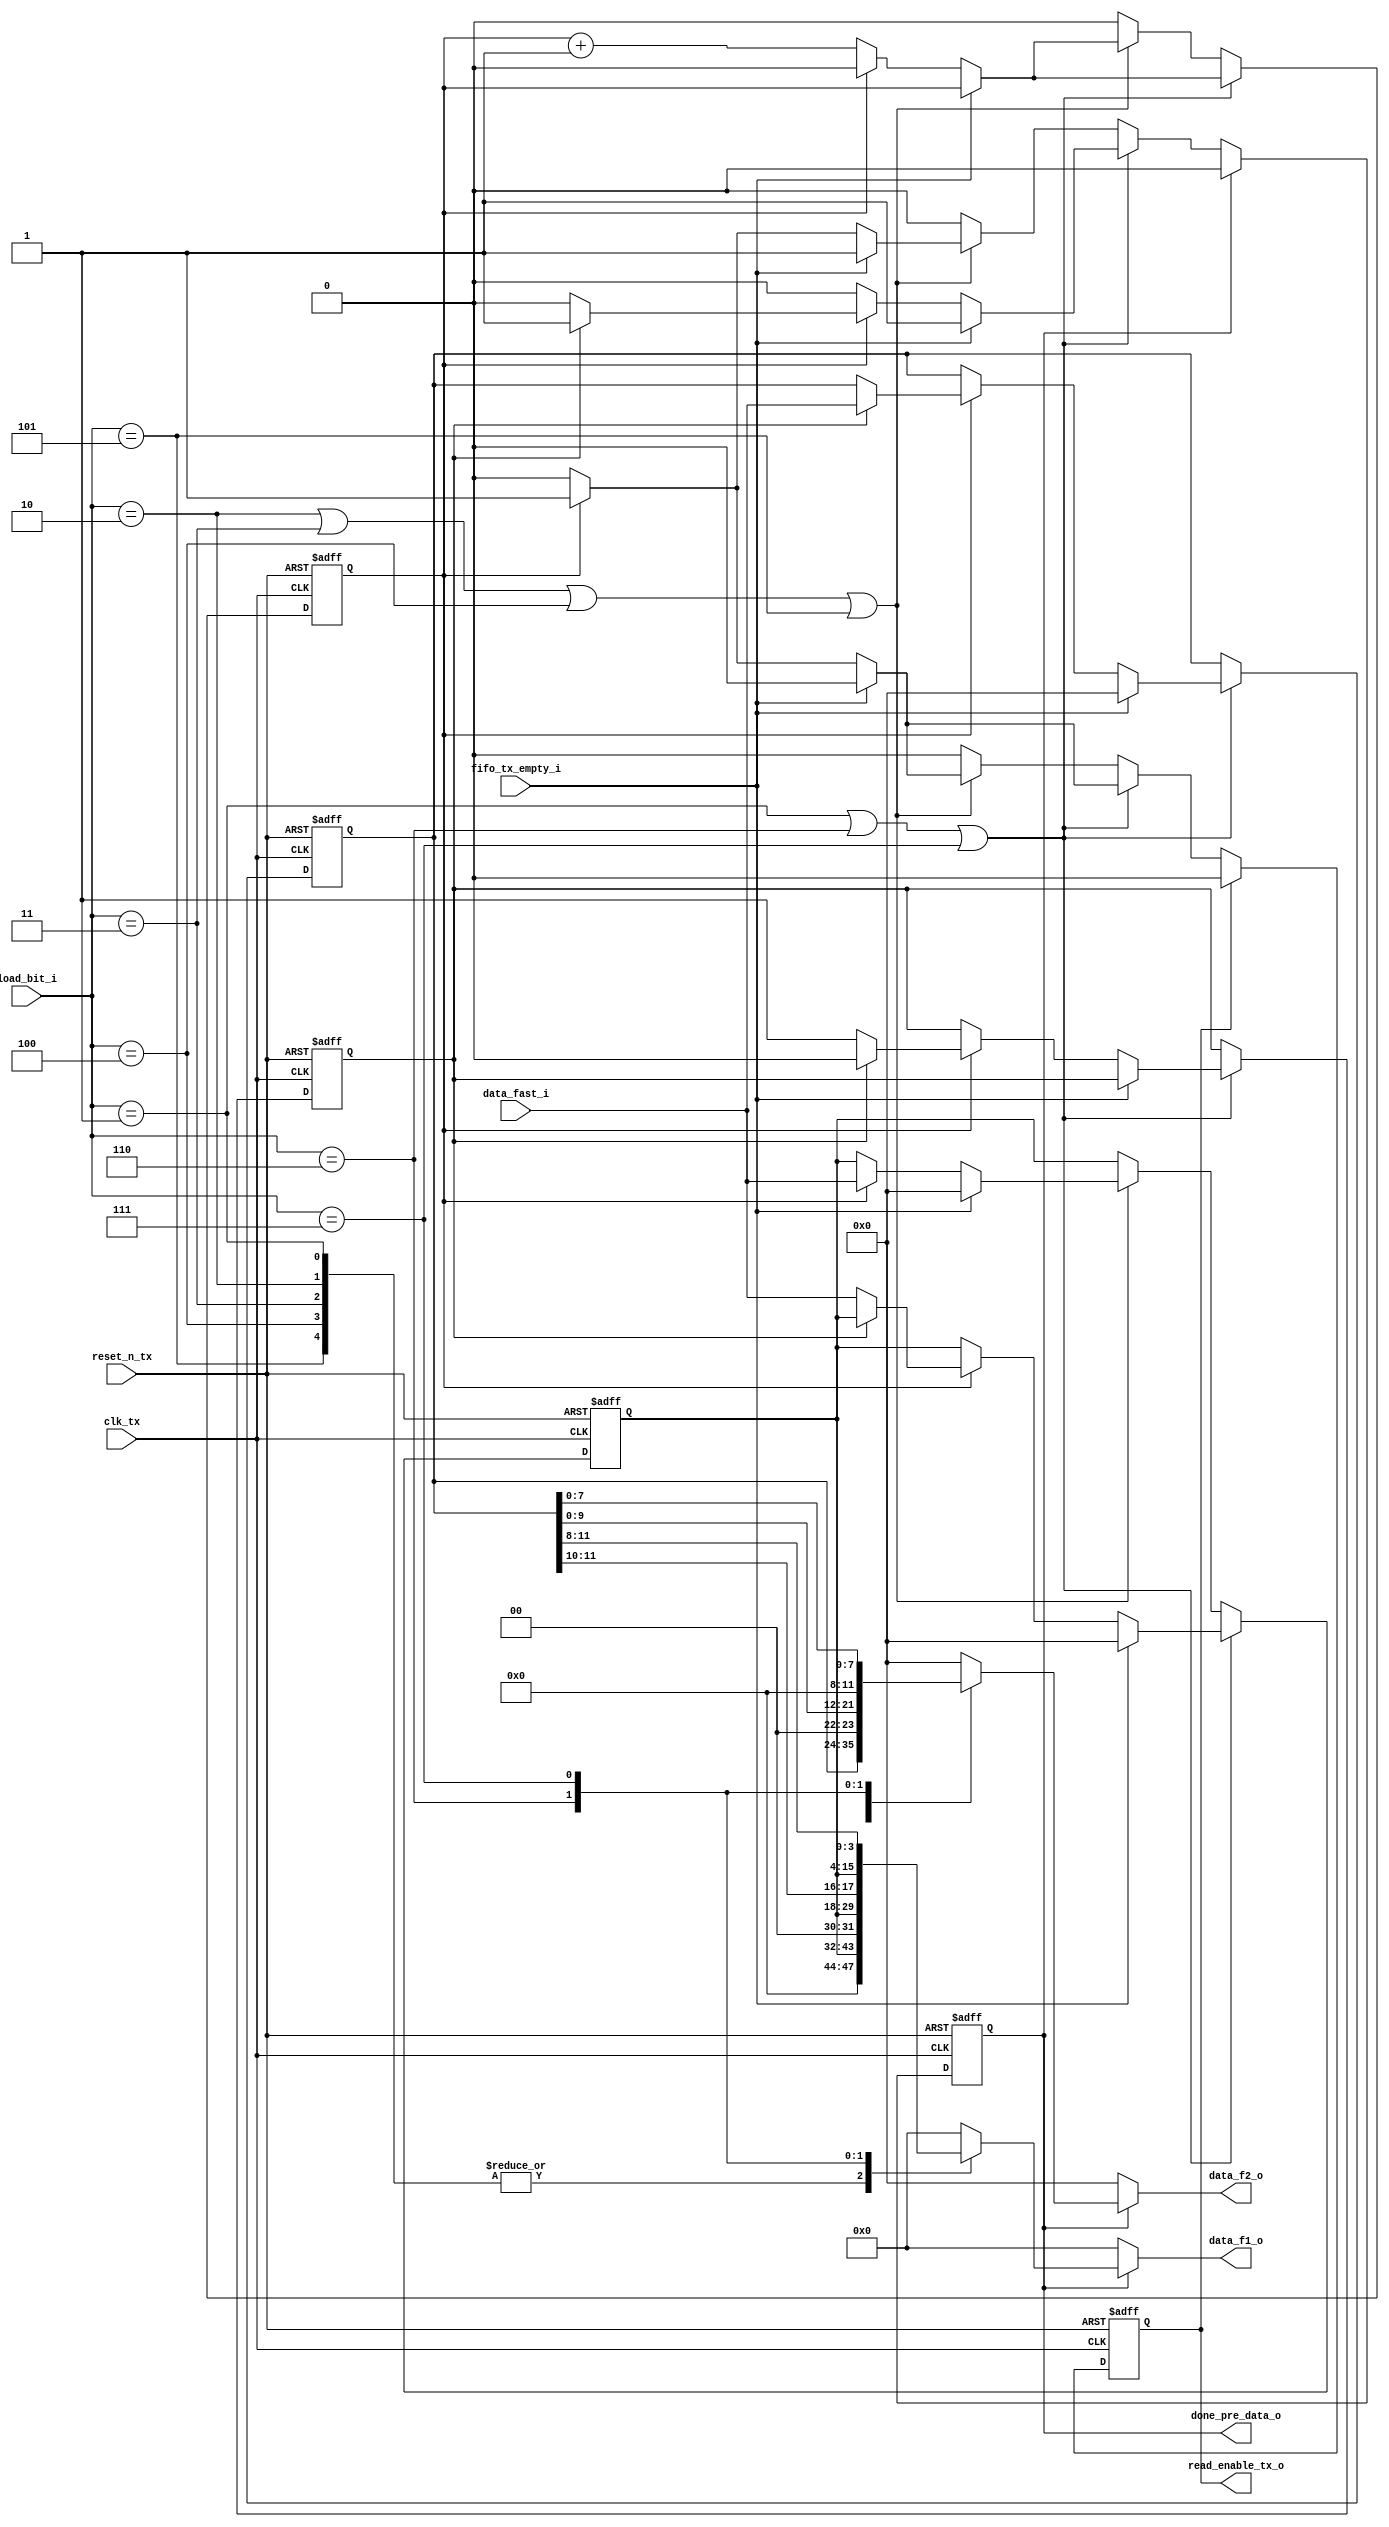
module sent_tx_data_reg(
	//clk_tx and reset_n_tx
	input clk_tx,
	input reset_n_tx,

	//signals to control block
	input [2:0] load_bit_i,
	output reg [15:0] data_f1_o,
	output reg [11:0] data_f2_o,
	output reg done_pre_data_o,	

	//signals to fifo
	input [11:0] data_fast_i,
	input fifo_tx_empty_i,
	output reg read_enable_tx_o
	);

	reg count_enable;
	reg count_store;
	reg [11:0] saved_data1;
	reg [11:0] saved_data2;

	//CONTROL
	always @(posedge clk_tx or negedge reset_n_tx) begin
		if(!reset_n_tx) begin
			count_enable <= 0;
			read_enable_tx_o <= 0;
			saved_data1 <= 0;
			saved_data2 <= 0;
			done_pre_data_o <= 0;
			count_store <= 0;	
		end
		else begin
			if(load_bit_i == 3'b001 || load_bit_i == 3'b110 || load_bit_i == 3'b111) begin
				if(!fifo_tx_empty_i) begin
					if(count_enable) begin
						read_enable_tx_o <= 1; //turn on read_enable_tx
						count_enable <= 0;
						if(!count_store) begin
							saved_data1 <= data_fast_i; //saved data1 to saved_data1
							count_store <= 1; //count_store hold '1' to start saved data2 to saved_data2
						end else begin 
							saved_data2 <= data_fast_i;  //saved data2 to saved_data2
							count_store <= 0; 
							done_pre_data_o <= 1; //send pre data done to sent tx control
						end
					end
					else begin count_enable <= count_enable + 1; end
				end
				else begin
					saved_data1 <= 0;
					saved_data2 <= 0;
					done_pre_data_o <= 1;
				end
			end
			else if(load_bit_i == 3'b010 || load_bit_i == 3'b011 || load_bit_i == 3'b100 || load_bit_i == 3'b101) begin
				if(!fifo_tx_empty_i) begin	
					if(count_enable) begin
						read_enable_tx_o <= 1; //read 1 data from fifo tx
						count_enable <= 0;
						saved_data1 <= data_fast_i; //saved data to saved_data1
						done_pre_data_o <= 1; 
					end
					else begin count_enable <= count_enable + 1; end
				end
				else begin
					saved_data1 <= 0;
					done_pre_data_o <= 1;
				end
			end
			else begin 
				read_enable_tx_o <= 0;
				count_enable <= 0;
			end
			
			if(done_pre_data_o) done_pre_data_o <= 0; //Turn off at next posedge clk_tx
			if(read_enable_tx_o) read_enable_tx_o <= 0; //Turn off at next posedge clk_tx
		end
	end

	
	//DATA
	always @(*) begin
		if(done_pre_data_o) begin 
			case(load_bit_i)
				3'b001: begin data_f1_o = saved_data1; data_f2_o = saved_data2; end
				3'b010: begin data_f1_o = saved_data1; data_f2_o = 0; end
				3'b011: begin data_f1_o = saved_data1; data_f2_o = 0; end
				3'b100: begin data_f1_o = saved_data1; data_f2_o = 0; end
				3'b101: begin data_f1_o = saved_data1; data_f2_o = 0; end
				3'b110: begin data_f1_o = {saved_data1, saved_data2[11:10]}; data_f2_o = saved_data2[9:0]; end
				3'b111: begin data_f1_o = {saved_data1, saved_data2[11:8]}; data_f2_o = saved_data2[7:0]; end
				default: begin data_f1_o = 0; data_f2_o = 0; end
			endcase
		end
		else begin 
			data_f1_o = 0;
			data_f2_o = 0;
		end
	end
endmodule